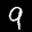
Label: 9